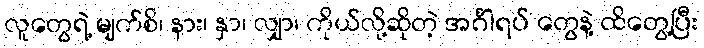
လူတွေရဲ့ မျက်စိ၊ နား၊ နှာ၊ လျှာ၊ ကိုယ်လို့ဆိုတဲ့ အင်္ဂါရပ် တွေနဲ့ ထိတွေ့ပြီး